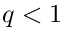
q < 1